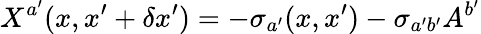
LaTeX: X^{a^{\prime}}(x,x^{\prime}+\delta x^{\prime})=-\sigma_{a^{\prime}}(x,x^{\prime})-\sigma_{a^{\prime}b^{\prime}}A^{b^{\prime}}